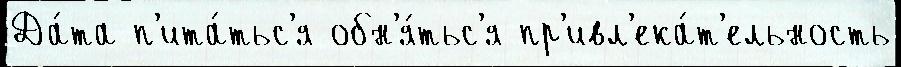
Да́та п'ита́тьс'я обн'я́тьс'я пр'ивл'ека́т'ельность